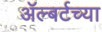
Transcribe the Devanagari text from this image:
ॲल्बर्टच्या